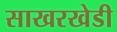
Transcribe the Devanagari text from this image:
साखरखेडी